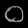
Digit: ၀